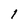
Character: l